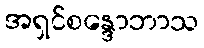
အရှင်စန္ဒောဘာသ